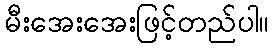
မီးအေးအေးဖြင့်တည်ပါ။